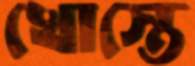
খোস্তে